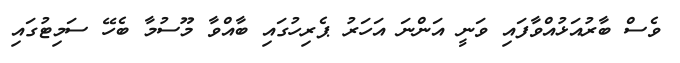
ވެސް ބާރުއަޅުއްވާފައި ވަނީ އަންނަ އަހަރު ޕެރިހުގައި ބާއްވާ މޫސުމާ ބެހޭ ސަމިޓުގައި